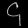
Digit: ၄